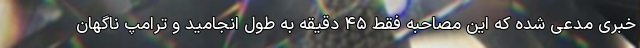
خبری مدعی شده که این مصاحبه فقط ۴۵ دقیقه به طول انجامید و ترامپ ناگهان